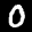
Label: 0